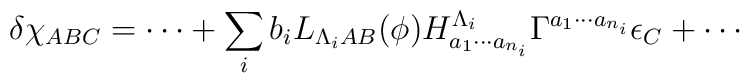
\delta \chi_{ABC} = \cdots +\sum_{i} b_i L_{\Lambda_i AB} (\phi)H^{\Lambda_i} _ {a_1\cdots a_{n_i}}\Gamma^{ a_1\cdots a_{n_i}} \epsilon_C+\cdots